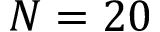
N = 2 0